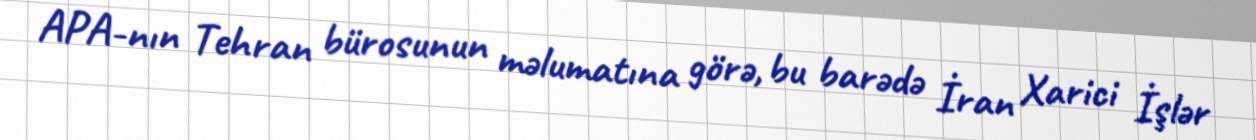
APA-nın Tehran bürosunun məlumatına görə, bu barədə İran Xarici İşlər